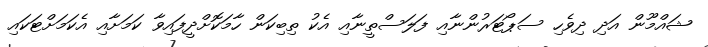
ޝައްމޫން އަދި ދިވެހި ސަޕޯޓަރުންނާއި ފަލަސްތީނާއި އެކު ތިބިކަން ހާމަކޮށްދީފައިވާ ކަމަށާއި އެކަމަށްޓަކައި